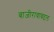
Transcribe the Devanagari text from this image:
बाजीरावाबद्दल